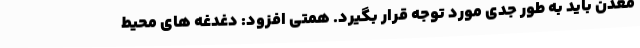
معدن باید به طور جدی مورد توجه قرار بگیرد. همتی افزود: دغدغه های محیط